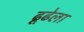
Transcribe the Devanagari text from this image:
ढूढेला